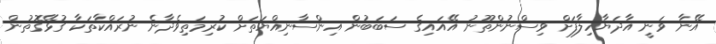
އޭނާ ވަނީ އާދަޔާހިލާފަށް ވިސްނުންތޫނު އޭއައިގެ ސަބަބުން އިންސާނިއްޔަތަށް ކުރިމަތިވެދާނެ ނުރައްކާތަކާ ގުޅޭގޮތުން